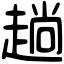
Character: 趟